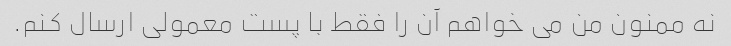
نه ممنون من می خواهم آن را فقط با پست معمولی ارسال کنم.